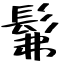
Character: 髴